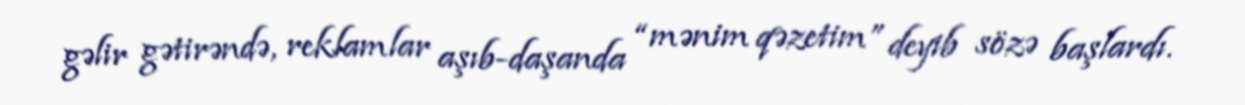
gəlir gətirəndə, reklamlar aşıb-daşanda “mənim qəzetim” deyib sözə başlardı.